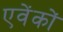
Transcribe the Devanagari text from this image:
एवेंकों